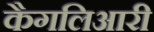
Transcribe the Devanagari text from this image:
कैगलिआरी